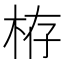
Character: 栫